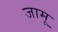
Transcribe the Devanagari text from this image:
जामू